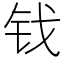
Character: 𫓨